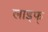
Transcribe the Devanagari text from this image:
लाइफ्